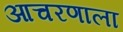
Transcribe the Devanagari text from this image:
आचरणाला